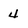
Character: 4